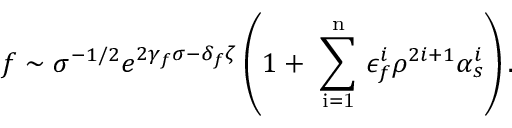
f \sim \sigma ^ { - 1 / 2 } e ^ { 2 \gamma _ { f } \sigma - \delta _ { f } \zeta } \left( 1 + \mathrm { ~ \sum _ { i = 1 } ^ { n } ~ } \epsilon _ { f } ^ { i } \rho ^ { 2 i + 1 } \alpha _ { s } ^ { i } \right) .